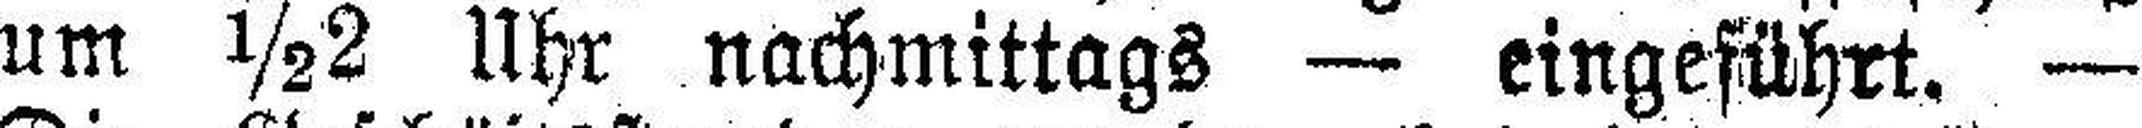
um ½2 Uhr nachmittags — eingeführt. —